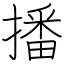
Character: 播